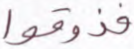
فذوقوا